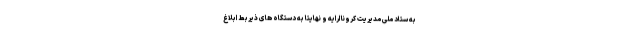
به ستاد ملی مدیریت کرونا ارایه و نهایتا به دستگاه های ذیربط ابلاغ